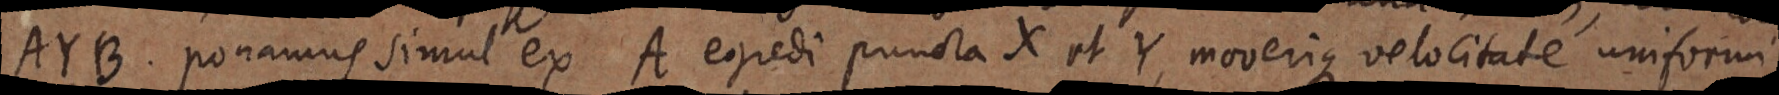
AYB. ponamus simul ex A egredi puncta X et Y, moverique velocitate uniformi